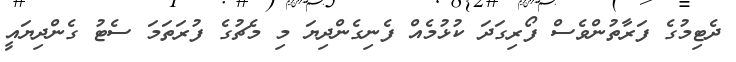
ދެޓިމުގެ ފަރާތުންވެސް ފޯރިގަދަ ކުޅުމެއް ފެނިގެންދިޔަ މި މެޗުގެ ފުރަތަމަ ސެޓު ގެންދިޔައީ